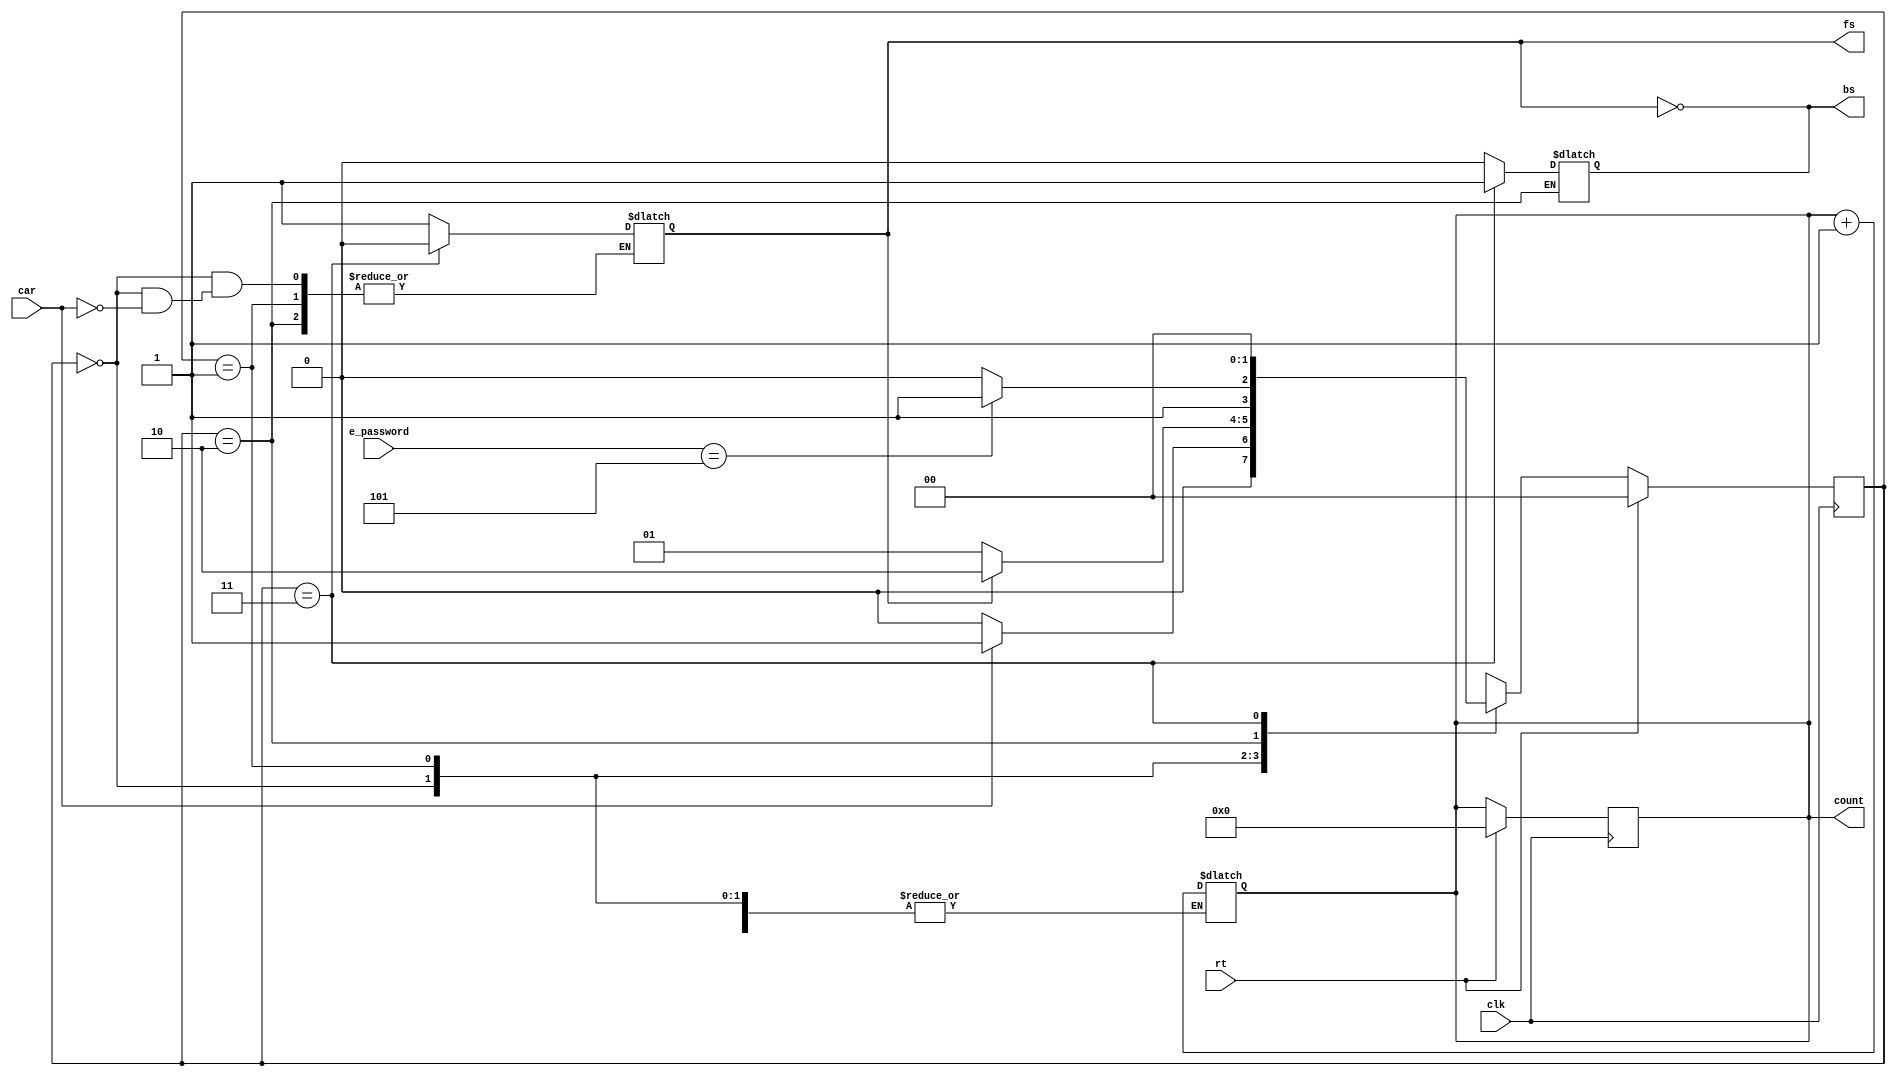
module assignment1(clk,rt,car,fs,bs,e_password,count);
input clk,rt,car;
output reg fs,bs;
input [2:0] e_password;
output reg [3:0] count;
integer password=3'b101;

parameter car_in=2'b00,carentry=2'b01,carcheck=2'b10,carpass=2'b11;
reg [1:0] cst,nst;
assign bs=~fs;

always@(posedge clk)

begin
       if(rt)
       begin 
       cst <= car_in;
       count<=4'b0000;
       end
       else
       cst <= nst ;
       end


always@(*)
begin
case(cst)
2'b00: begin
       bs=1'b0;
       if(car)
       begin
       fs=1'b1;
       nst=2'b01;
       end
       else
       nst=2'b00;
       end
2'b01: begin
       bs=1'b0;
       if(fs==0)
       nst=2'b01;
       else
       nst=2'b10;
       end
2'b10: begin
       if(e_password==password)
       nst=2'b11;
       else//(e_password!=password)
       nst=2'b10;
       end
2'b11: begin
       fs=1'b0;
       bs=1'b1;
       count=count+4'b0001;
       nst=2'b00;
       end
default : begin
         nst=2'b00;
         count=4'b0000;
          end
endcase
end
endmodule